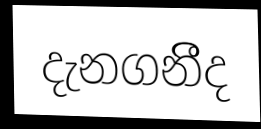
දැනගනීිද